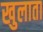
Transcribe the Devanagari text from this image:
खुलाता